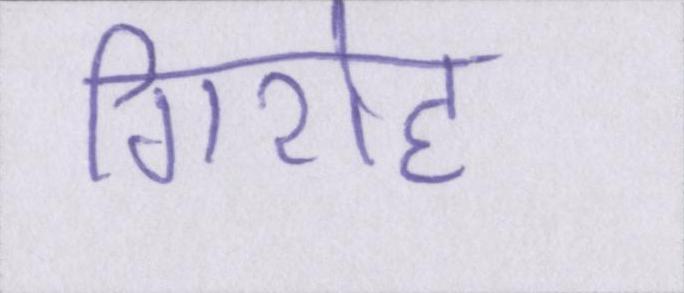
गिरोह